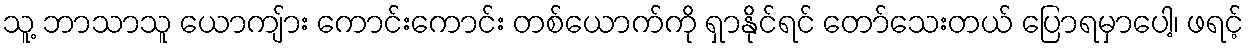
သူ့ ဘာသာသူ ယောကျ်ား ကောင်းကောင်း တစ်ယောက်ကို ရှာနိုင်ရင် တော်သေးတယ် ပြောရမှာပေါ့၊ ဖရင့်